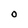
Character: O